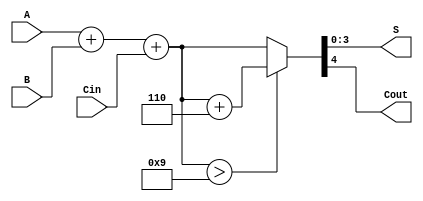
module BCD_Adder (
    input [3:0] A,      // First BCD digit
    input [3:0] B,      // Second BCD digit
    input Cin,          // Carry-in
    output reg [3:0] S, // BCD sum output
    output reg Cout      // Carry-out
);
    
    wire [4:0] sum;     // 5-bit sum to accommodate carry
    wire correction;     // Flag to indicate if correction is needed
    
    // Step 1: Perform binary addition
    assign sum = A + B + Cin;
    
    // Step 2: Determine if correction is needed (if sum > 9)
    assign correction = sum > 9; // correction needed if sum > 9

    // Step 3: Generate the final output
    always @(*) begin
        if (correction) begin
            // If correction is needed, add 6 (0110)
            {Cout, S} = sum + 6; // S will be the lower 4 bits, Cout will be the carry-out
        end else begin
            // No correction needed
            {Cout, S} = sum; // S will be the lower 4 bits, Cout will be the carry-out
        end
    end

endmodule